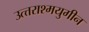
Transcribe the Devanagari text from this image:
उत्त्तराश्मयुगीन